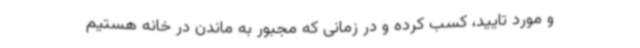
و مورد تایید، کسب کرده و در زمانی که مجبور به ماندن در خانه هستیم